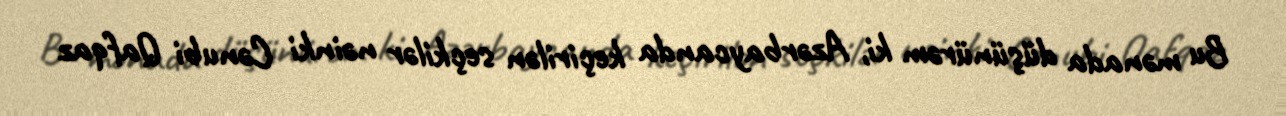
Bu mənada düşünürəm ki, Azərbaycanda keçirilən seçkilər nəinki Cənubi Qafqaz